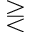
\gtreqless